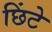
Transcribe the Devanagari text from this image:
छिंटे